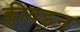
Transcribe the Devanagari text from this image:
क्लीवडन